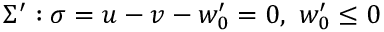
\Sigma ^ { \prime } : \sigma = u - v - w _ { 0 } ^ { \prime } = 0 , ~ w _ { 0 } ^ { \prime } \leq 0